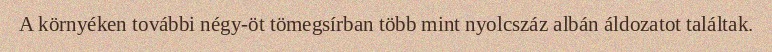
A környéken további négy-öt tömegsírban több mint nyolcszáz albán áldozatot találtak.